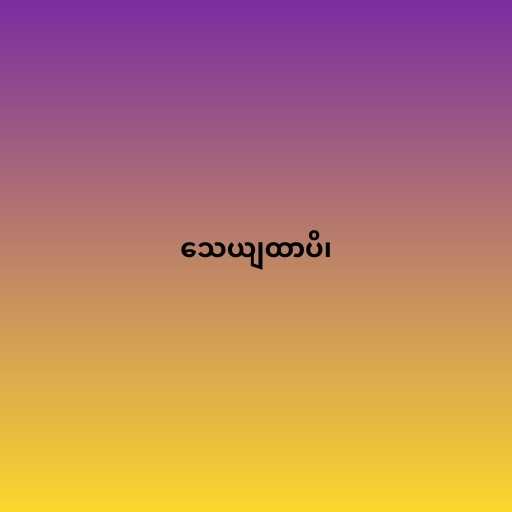
သေယျထာပိ၊